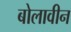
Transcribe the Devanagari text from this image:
बोलावीन